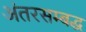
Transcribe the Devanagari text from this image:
अंतरसम्बद्ध